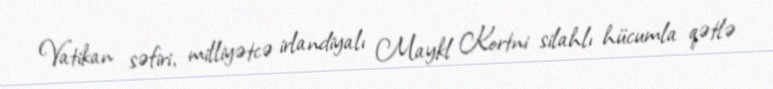
Vatikan səfiri, milliyətcə irlandiyalı Maykl Kortni silahlı hücumla qətlə